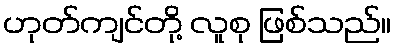
ဟုတ်ကျင်တို့ လူစု ဖြစ်သည်။